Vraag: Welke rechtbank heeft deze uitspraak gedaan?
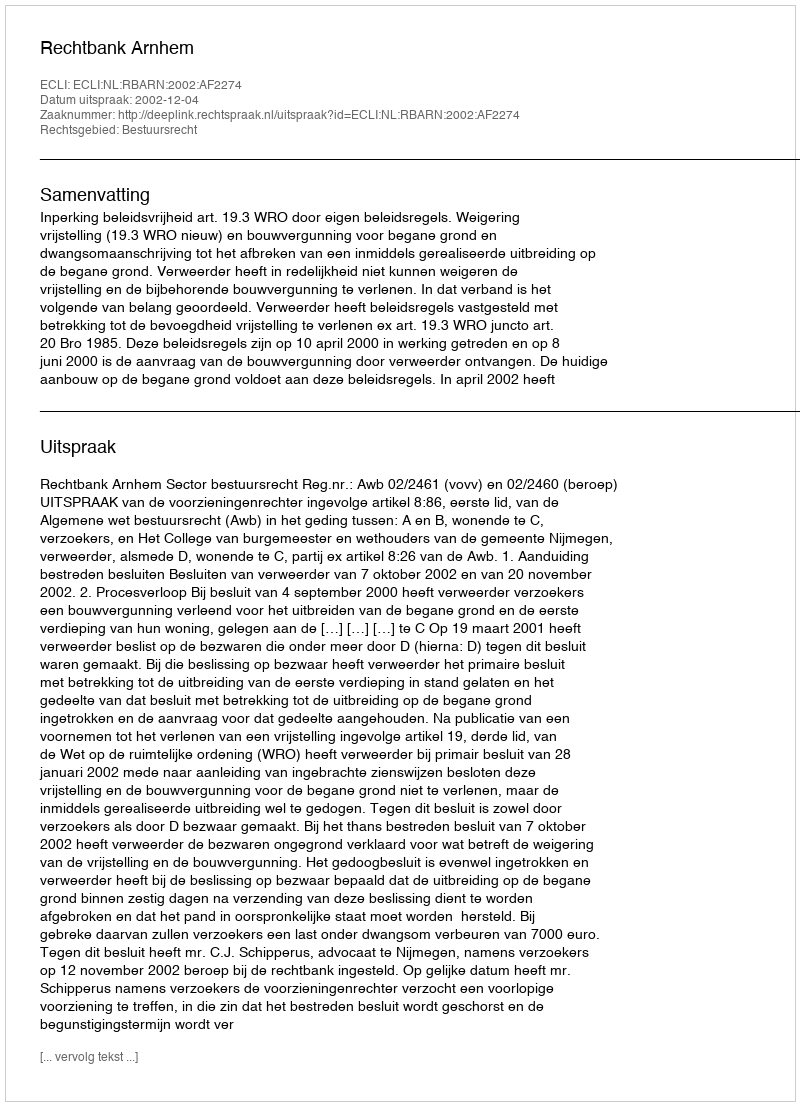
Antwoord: Rechtbank Arnhem